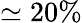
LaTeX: \simeq 20\%